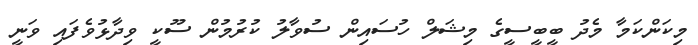
މިކަންކަމާ މެދު ބީބީސީގެ މިޝަލް ހުސައިން ސުވާލު ކުރުމުން ސޫކީ ވިދާޅުވެފައި ވަނީ